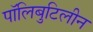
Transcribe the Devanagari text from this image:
पॉलिबुटिलीन